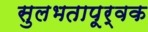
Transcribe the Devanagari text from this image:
सुलभतापूर्वक